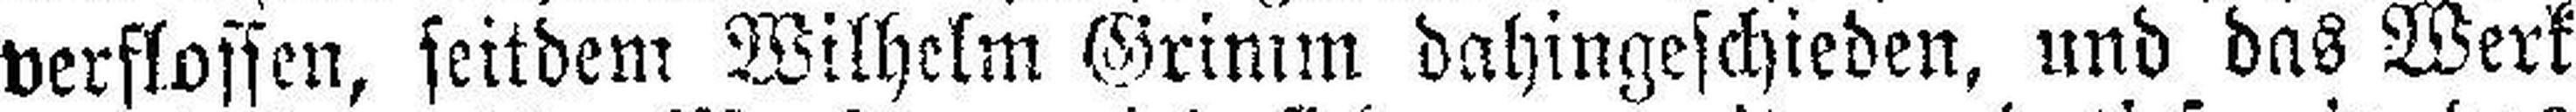
verflossen, seitdem Wilhelm Grimm dahingeschieden, und das Werk